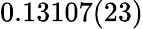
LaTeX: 0.13107(23)